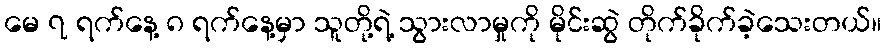
မေ ၇ ရက်နေ့ ၈ ရက်နေ့မှာ သူတို့ရဲ့ သွားလာမှုကို မိုင်းဆွဲ တိုက်ခိုက်ခဲ့သေးတယ်။